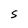
Character: s